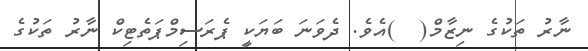
ނާރު ތަކުގެ ނިޒާމް(  )އެވެ. ދެވަނަ ބަޔަކީ ޕެރަސިމްޕަތެޓިކް ނާރު ތަކުގެ